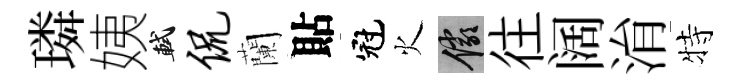
璘姨軾侃蘭貼冠火儼往阔㳙特